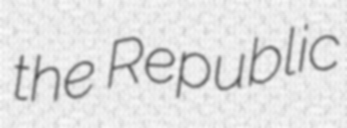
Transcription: the Republic